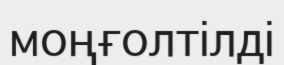
моңғолтілді